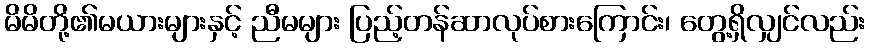
မိမိတို့၏မယားများနှင့် ညီမများ ပြည့်တန်ဆာလုပ်စားကြောင်း၊ တွေ့ရှိလျှင်လည်း